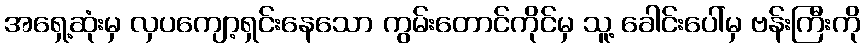
အရှေ့ဆုံးမှ လှပကျော့ရှင်းနေသော ကွမ်းတောင်ကိုင်မှ သူ့ ခေါင်းပေါ်မှ ဗန်းကြီးကို